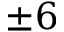
\pm 6